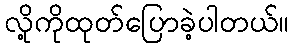
လို့ကိုထုတ်ပြောခဲ့ပါတယ်။